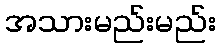
အသားမည်းမည်း